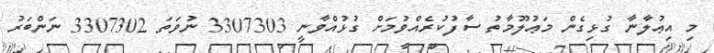
މި އިޢުލާނާ ގުޅިގެން މަޢުލޫމާތު ސާފުކުރެއްވުމަށް ގުޅުއްވާނީ 3307303 ނުވަތަ 3307302 ނަންބަރު